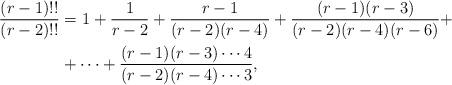
LaTeX: \begin{align*}\frac{(r-1)!!}{(r-2)!!} & = 1+\frac{1}{r-2}+\frac{r-1}{(r-2)(r-4)}+\frac{(r-1)(r-3)}{(r-2)(r-4)(r-6)} +\\& + \dots + \frac{(r-1)(r-3)\cdots 4}{(r-2)(r-4)\cdots 3},\end{align*}